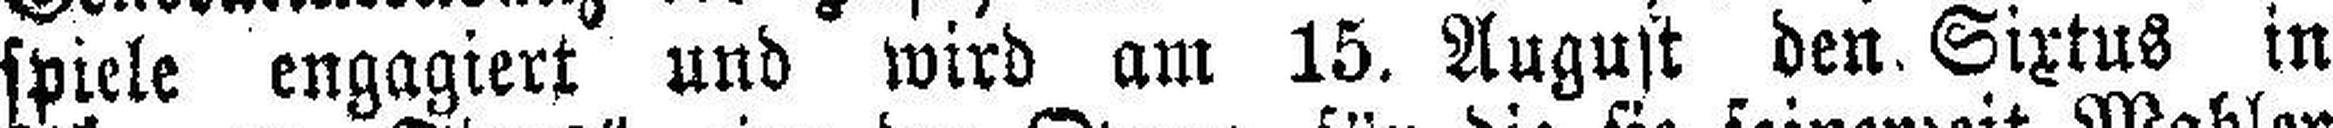
spiele engagiert und wird am 15. August den. Sixtus in